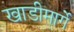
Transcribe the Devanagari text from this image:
खाडीमार्गे